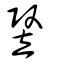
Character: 竪